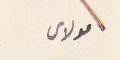
مولاى